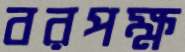
বরপক্ষ